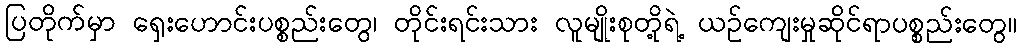
ပြတိုက်မှာ ရှေးဟောင်းပစ္စည်းတွေ၊ တိုင်းရင်းသား လူမျိုးစုတို့ရဲ့ ယဉ်ကျေးမှုဆိုင်ရာပစ္စည်းတွေ။